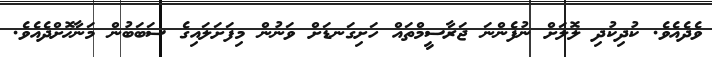
ވެދެއެވެ. ކުދިކުދި ލޮލަށް ނުފެންނަ ޖަރާސީމްތައް ހަށިގަނޑަށް ވަނުން މިފަށަލައިގެ ސަބަބުން މަނާޚޮށްދެއެވެ.